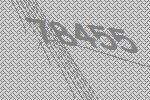
78455